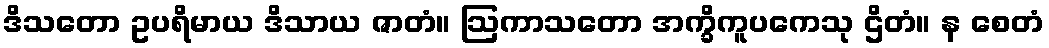
ဒိသတော ဥပရိမာယ ဒိသာယ ဇာတံ။ ဩကာသတော အက္ခိကူပကေသု ဌိတံ။ န စေတံ